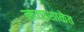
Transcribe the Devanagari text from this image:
नाट्यशाळेत